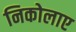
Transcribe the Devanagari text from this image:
निकोलाए